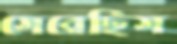
সেরেছিস